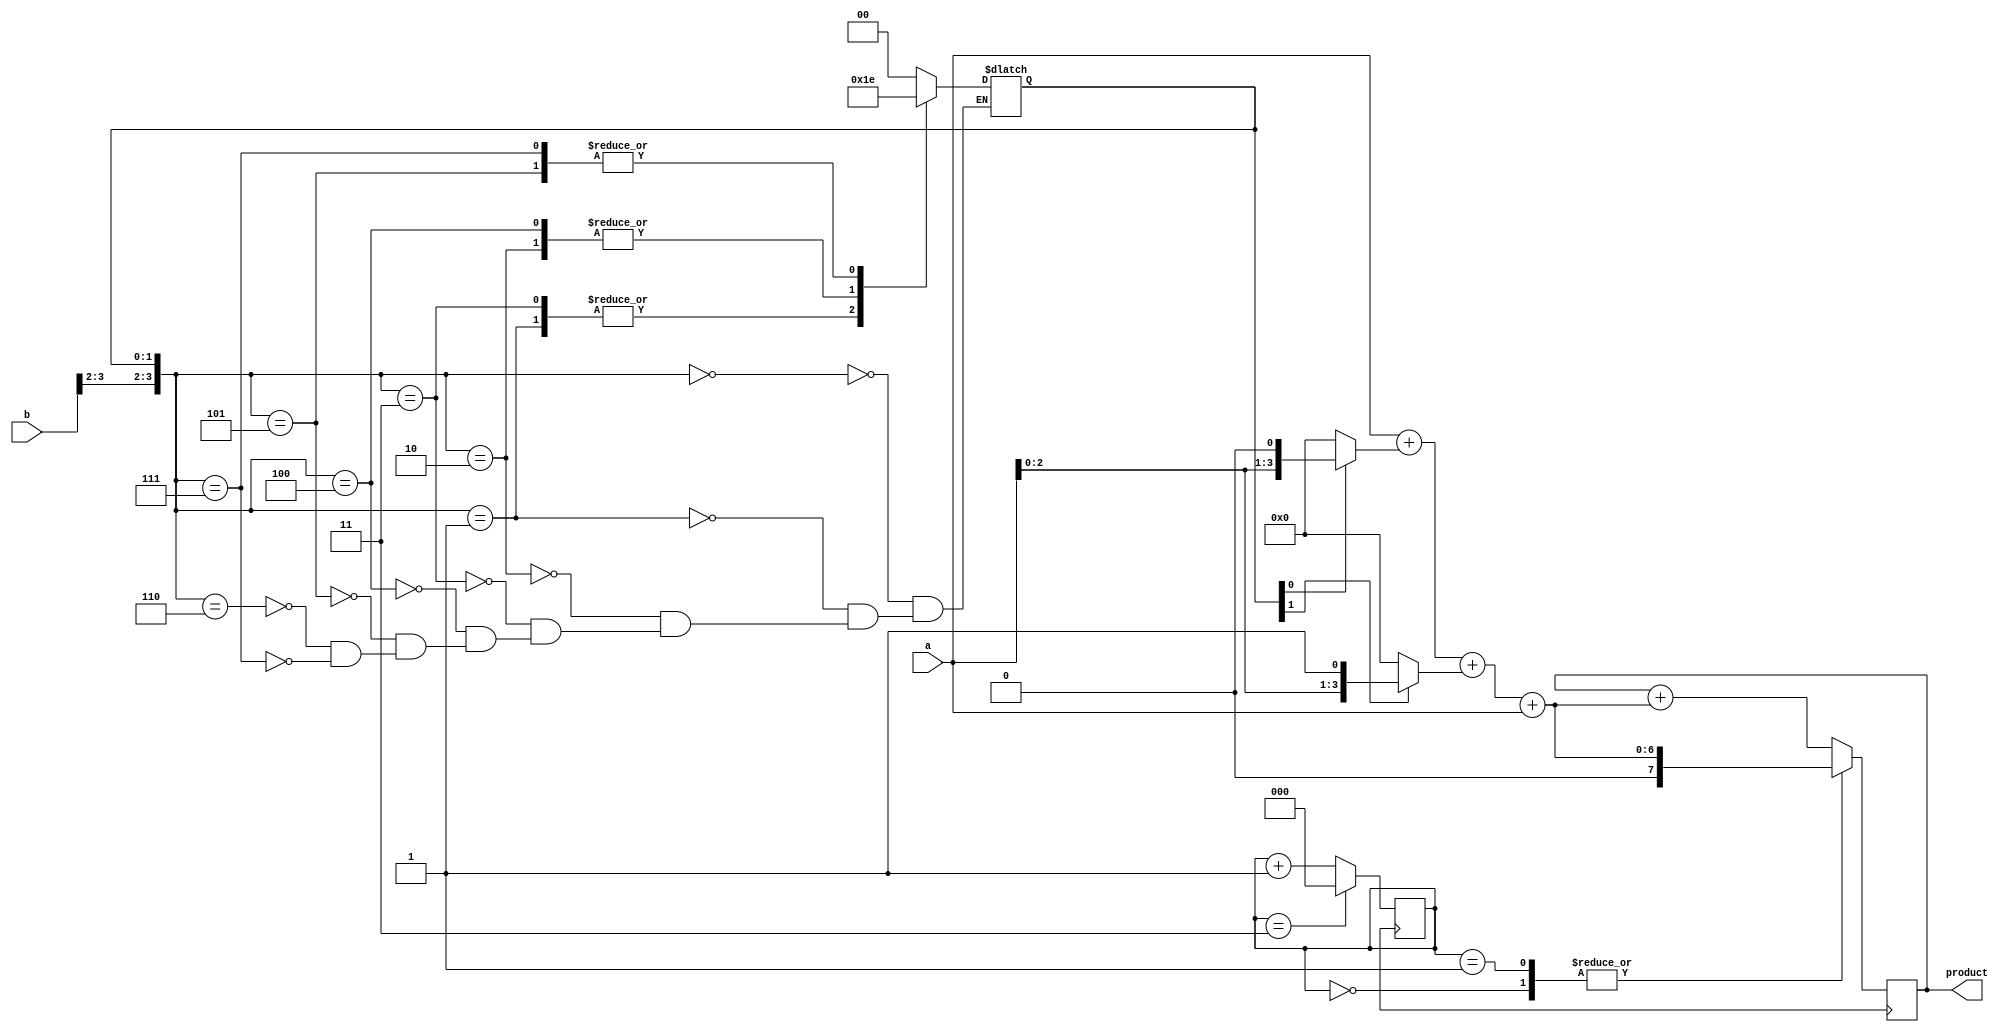
module booth_multiplier (
    input [3:0] a,
    input [3:0] b,
    output reg [7:0] product
);

reg [3:0] pp[3:0]; // partial products
reg [6:0] pp_sum; // partial product sum
reg [2:0] state; // state machine state
reg [1:0] booth; // booth encoder signals

// Partial product generator
always @(*) begin
    pp[0] = {4'b0000, a};
    pp[1] = {3'b000, a, 1'b0};
    pp[2] = {3'b000, a, 1'b1};
    pp[3] = {4'b0000, a};
end

// Partial product adder
always @(*) begin
    pp_sum = pp[0] + (booth[0] ? pp[1] : 0) + (booth[1] ? pp[2] : 0) + pp[3];
end

// Booth encoder
always @(*) begin
    case({b[3], b[2], booth})
        3'b000: booth = 2'b00; // S
        3'b001: booth = 2'b01; // L
        3'b010: booth = 2'b11; // R
        3'b011: booth = 2'b01; // L
        3'b100: booth = 2'b11; // R
        3'b101: booth = 2'b10; // S
        3'b110: booth = 2'b00; // S
        3'b111: booth = 2'b10; // S
    endcase
end

// Accumulator
always @(posedge clk) begin
    case(state)
        3'b000: product <= pp_sum;
        3'b001: product <= pp_sum;
        3'b010: product <= product + pp_sum;
        default: product <= product + pp_sum;
    endcase
    state <= (state == 3'b011) ? 3'b000 : state + 1;
end

endmodule